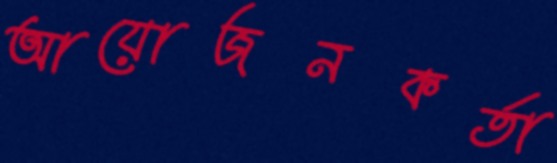
আয়োজনকর্তা